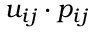
u _ { i j } \cdot p _ { i j }